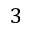
3